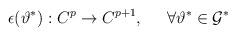
\begin{align*}\epsilon(\vartheta^*) :C^p \rightarrow C^{p+1}, \;\;\;\;\;\forall \vartheta^* \in {\cal G}^*\end{align*}